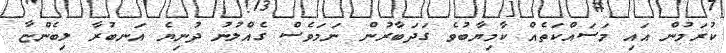
ކުރަމުން އައި މަސައްކަތެއް ކާމިޔާބުވެ ގަދަބާރުން ނަމަވެސް ގެއްލުނު ދުނިޔެ އަނބުރާ ލިބެންޏާ